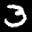
Label: 3